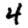
Digit: 4